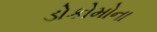
ડોકોમોના